Vaccine operations Central Provinces 1886-1899 - 1886-1899
Year: 1886
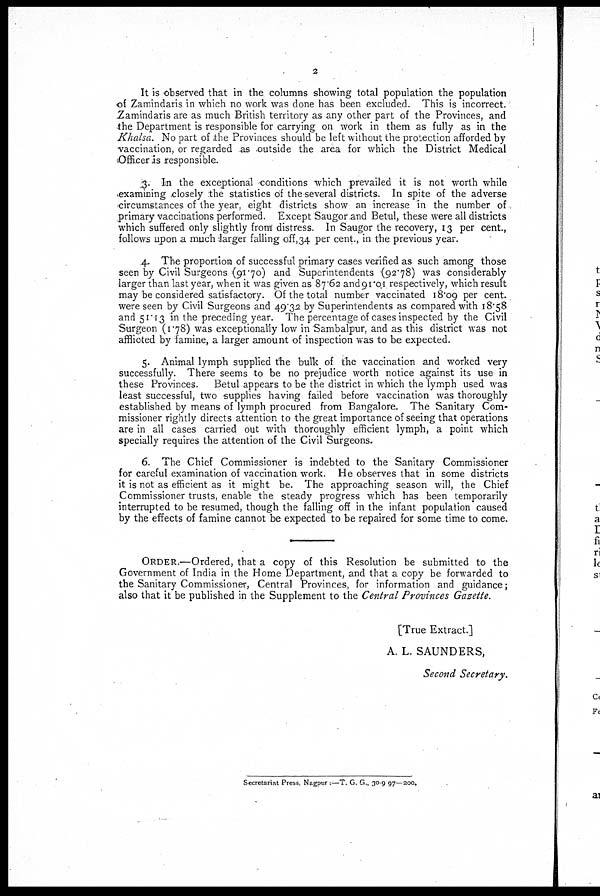
2
It is observed that in the columns showing total population the population
of Zamindaris in which no work was done has been excluded. This is incorrect.
Zamindaris are as much British territory as any other part of the Provinces, and
the Department is responsible for carrying on work in them as fully as in the
Khalsa. No part of the Provinces should be left without the protection afforded by
vaccination, or regarded as outside the area for which the District Medical
Officer is responsible.
3. In the exceptional conditions which prevailed it is not worth while
examining closely the statistics of the several districts. In spite of the adverse
circumstances of the year, eight districts show an increase in the number of
primary vaccinations performed. Except Saugor and Betul, these were all districts
which suffered only slightly from distress. In Saugor the recovery, 13 per cent.,
follows upon a much 'larger falling off,34 per cent., in the previous year.
4. The proportion of successful primary cases verified as such among those
seen by Civil Surgeons (91.70) and Superintendents (92.78) was considerably
larger than last year, when it was given as 87.62 and 91.01 respectively, which result
may be considered satisfactory. Of the total number vaccinated 18.09 Per cent.
were seen by Civil Surgeons and 49.32 by Superintendents as compared with 18.58
and 51.13 in the preceding year. The percentage of cases inspected by the Civil
Surgeon (1.78) was exceptionally low in Sambalpur, and as this district was not
afflicted by famine, a larger amount of inspection was to be expected.
5. Animal lymph supplied the bulk of the vaccination and worked very
successfully. There seems to be no prejudice worth notice against its use in
these Provinces. Betul appears to be the district in which the lymph used was
least successful, two supplies having failed before vaccination was thoroughly
established by means of lymph procured from Bangalore. The Sanitary Com-
missioner rightly directs attention to the great importance of seeing that operations
are in all cases carried out with thoroughly efficient lymph, a point which
specially requires the attention of the Civil Surgeons.
6. The Chief Commissioner is indebted to the Sanitary Commissioner
for careful examination of vaccination work. He observes that in some districts
it is not as efficient as it might be. The approaching season will, the Chief
Commissioner trusts, enable the steady progress which has been temporarily
interrupted to be resumed, though the falling off in the infant population caused
by the effects of famine cannot be expected to be repaired for some time to come.
ORDER.—Ordered, that a copy of this Resolution be submitted to the
Government of India in the Home Department, and that a copy be forwarded to
the Sanitary Commissioner, Central Provinces, for information and guidance;
also that it be published in the Supplement to the Central Provinces Gazette.
[True Extract.]
A. L. SAUNDERS,
Second Secretary.
Secretariat Press, Nagpur .—T. G. G., 30-9 97—200.